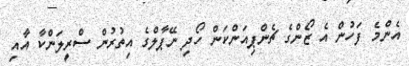
އެންމެ ފަހުން އެ ޒޯންގެ ޗެންޕިއަންކަން ހޯދި ނޭޕާލްގެ އިތުރުން ސްރީލަންކާ އާއި